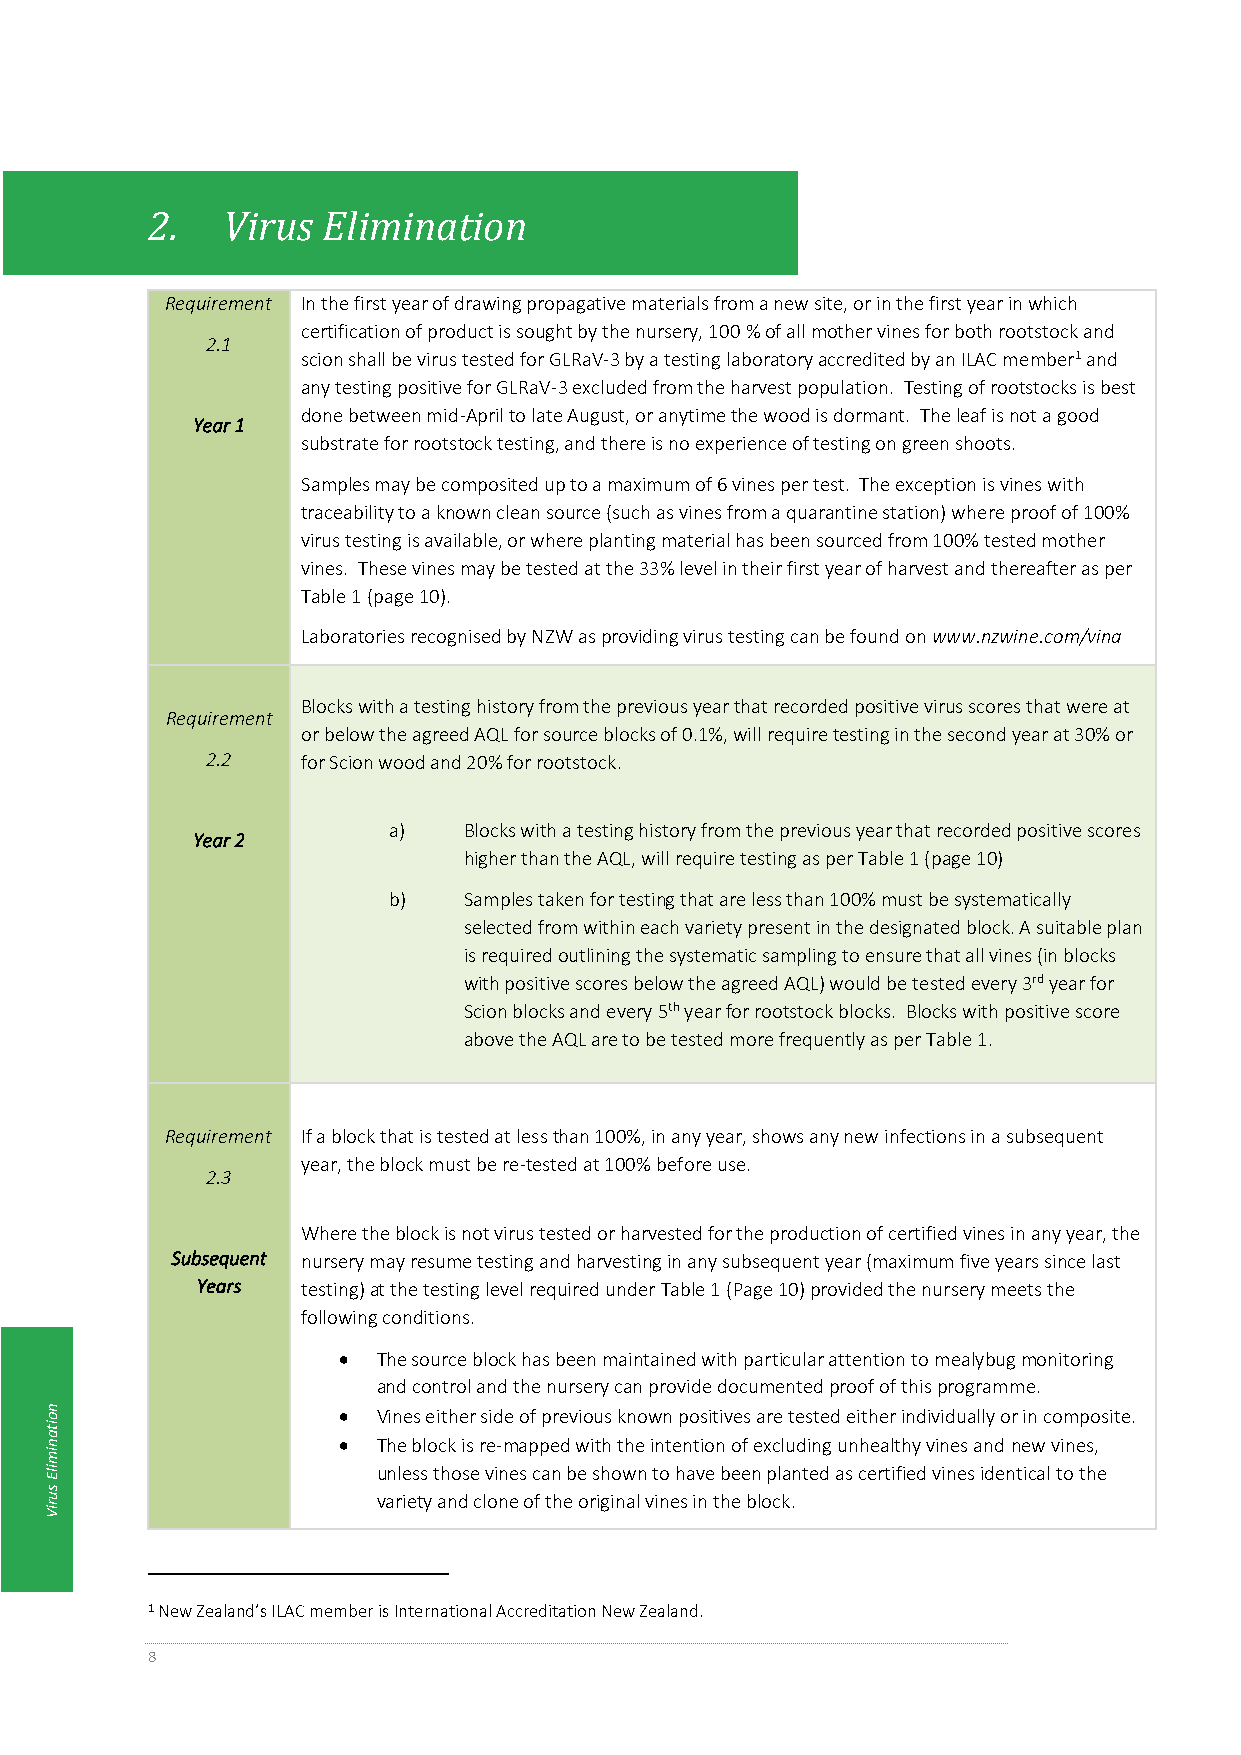
2.   Virus Elimination
 Requirement In the first year of drawing propagative materials from a new site, or in the first year in which
 certification of product is sought by the nursery, 100 % of all mother vines for both rootstock and
 2.1
 scion shall be virus tested for GLRaV-3 by a testing laboratory accredited by an ILAC member1 and
 any testing positive for GLRaV-3 excluded from the harvest population. Testing of rootstocks is best
 done between mid-April to late August, or anytime the wood is dormant. The leaf is not a good
 Year 1
 substrate for rootstock testing, and there is no experience of testing on green shoots.
 Samples may be composited up to a maximum of 6 vines per test. The exception is vines with
 traceability to a known clean source (such as vines from a quarantine station) where proof of 100%
 virus testing is available, or where planting material has been sourced from 100% tested mother
 vines. These vines may be tested at the 33% level in their first year of harvest and thereafter as per
 Table 1 (page 10).
 Laboratories recognised by NZW as providing virus testing can be found on www.nzwine.com/vina
 Blocks with a testing history from the previous year that recorded positive virus scores that were at
 Requirement
 or below the agreed AQL for source blocks of 0.1%, will require testing in the second year at 30% or
 2.2   for Scion wood and 20% for rootstock.
 a)   Blocks with a testing history from the previous year that recorded positive scores
 Year 2
 higher than the AQL, will require testing as per Table 1 (page 10)
 b)   Samples taken for testing that are less than 100% must be systematically
 selected from within each variety present in the designated block. A suitable plan
 is required outlining the systematic sampling to ensure that all vines (in blocks
 with positive scores below the agreed AQL) would be tested every 3rd year for
 Scion blocks and every 5th year for rootstock blocks. Blocks with positive score
 above the AQL are to be tested more frequently as per Table 1.
 Requirement If a block that is tested at less than 100%, in any year, shows any new infections in a subsequent
 year, the block must be re-tested at 100% before use.
 2.3
 Where the block is not virus tested or harvested for the production of certified vines in any year, the
 Subsequent nursery may resume testing and harvesting in any subsequent year (maximum five years since last
 Years  testing) at the testing level required under Table 1 (Page 10) provided the nursery meets the
 following conditions.
   The source block has been maintained with particular attention to mealybug monitoring
 and control and the nursery can provide documented proof of this programme.
 n o                  Vines either side of previous known positives are tested either individually or in composite.
 ita
 n                    The block is re-mapped with the intention of excluding unhealthy vines and new vines,
 im
 ilE                   unless those vines can be shown to have been planted as certified vines identical to the
 s
 u                     variety and clone of the original vines in the block.
 riV
 1 New Zealand’s ILAC member is International Accreditation New Zealand.
 8